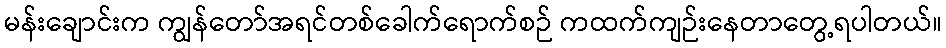
မန်းချောင်းက ကျွန်တော်အရင်တစ်ခေါက်ရောက်စဉ် ကထက်ကျဉ်းနေတာတွေ့ရပါတယ်။